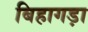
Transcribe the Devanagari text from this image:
बिहागड़ा